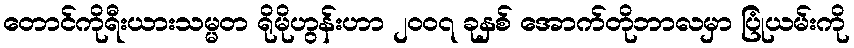
တောင်ကိုရီးယားသမ္မတ ရိုမိုဟွန်းဟာ ၂၀၀၇ ခုနှစ် အောက်တိုဘာလမှာ ပြုံယမ်းကို